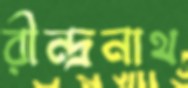
রীন্দ্রনাথ